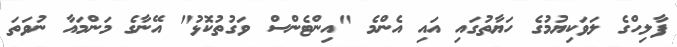
ފާލިހްގެ ލަވަކިޔުމުގެ ހަޔާތުގައި އައި އެންމެ "އިންޓެންސް ވަގުތުކޮޅު" އޭނާގެ މަންމައާ ނުވަތަ